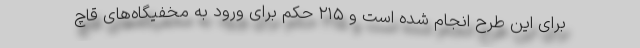
برای این طرح انجام شده است و ۲۱۵ حکم برای ورود به مخفیگاه‌های قاچ